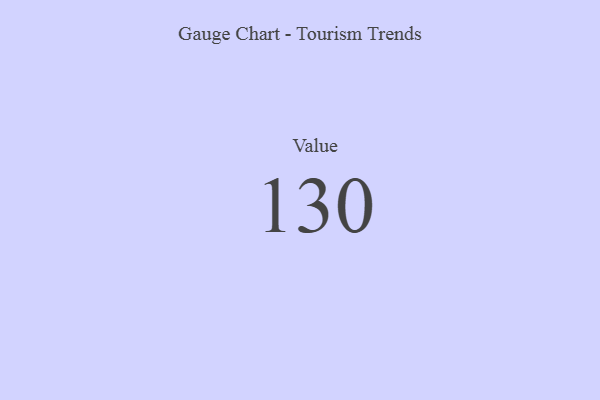
{"axis": {"x": "Metric", "y": "Value"}, "legend": [""], "data": [{"x": "Value", "y": 130, "type": ""}]}